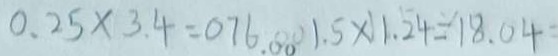
0 . 2 5 \times 3 . 4 = 0 . 7 6 . 0 0 1 . 5 \times 1 1 . 2 4 = 1 8 . 0 4